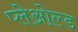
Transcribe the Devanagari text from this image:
प्लेओल्ड